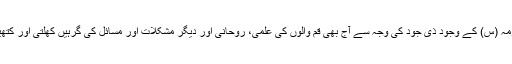
حضرت معصومہ (س) کے وجود ذی جود کی وجہ سے آج بھی قم والوں کی علمی، روحانی اور دیگر مشکلات اور مسائل کی گرہیں کھلتی اور کتھیاں سلجھتی ہیں۔